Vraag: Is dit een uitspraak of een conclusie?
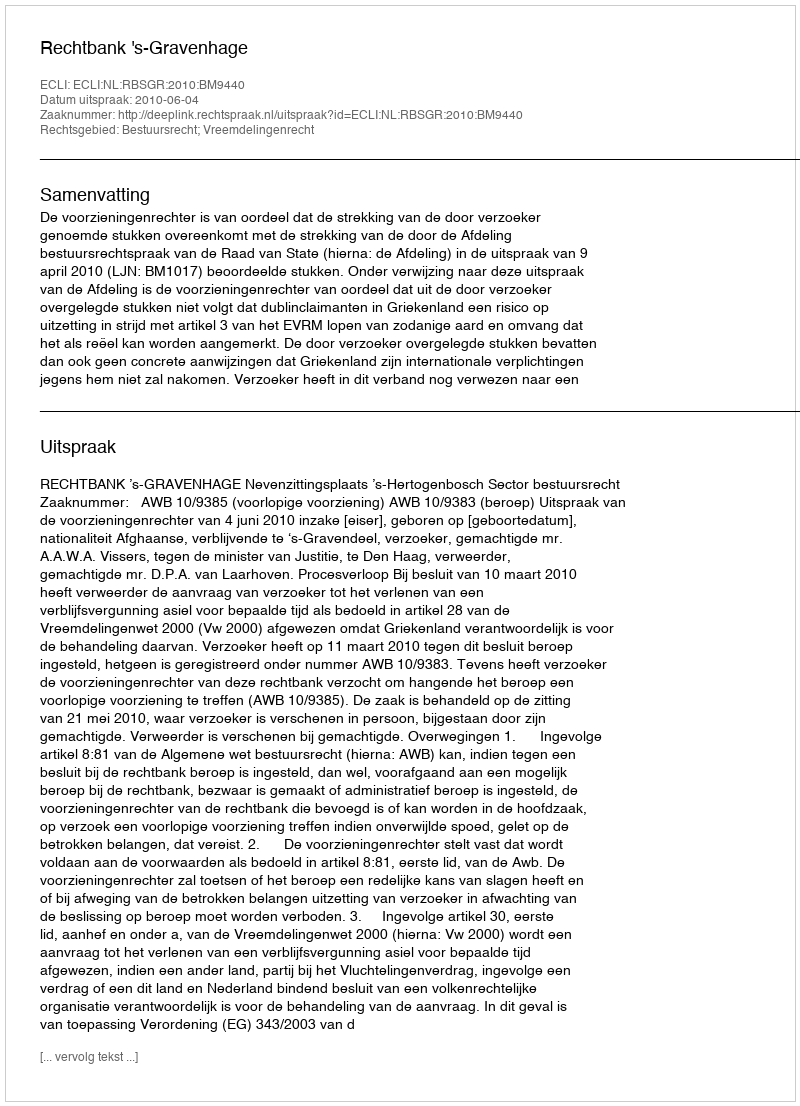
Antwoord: Uitspraak